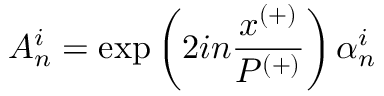
A _ { n } ^ { i } = \exp \left( 2 i n \frac { x ^ { ( + ) } } { P ^ { ( + ) } } \right) \alpha _ { n } ^ { i }